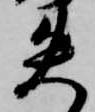
失